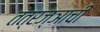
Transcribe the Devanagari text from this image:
तंत्रज्ञाची